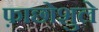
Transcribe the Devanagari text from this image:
फ़ाछोशुले